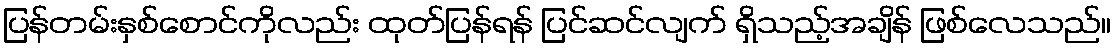
ပြန်တမ်းနှစ်စောင်ကိုလည်း ထုတ်ပြန်ရန် ပြင်ဆင်လျက် ရှိသည့်အချိန် ဖြစ်လေသည်။